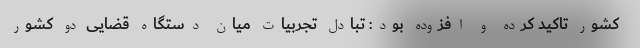
کشور تاکید کرده و افزوده بود: تبادل تجربیات میان دستگاه قضایی دو کشور